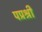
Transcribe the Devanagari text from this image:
पप्रश्री